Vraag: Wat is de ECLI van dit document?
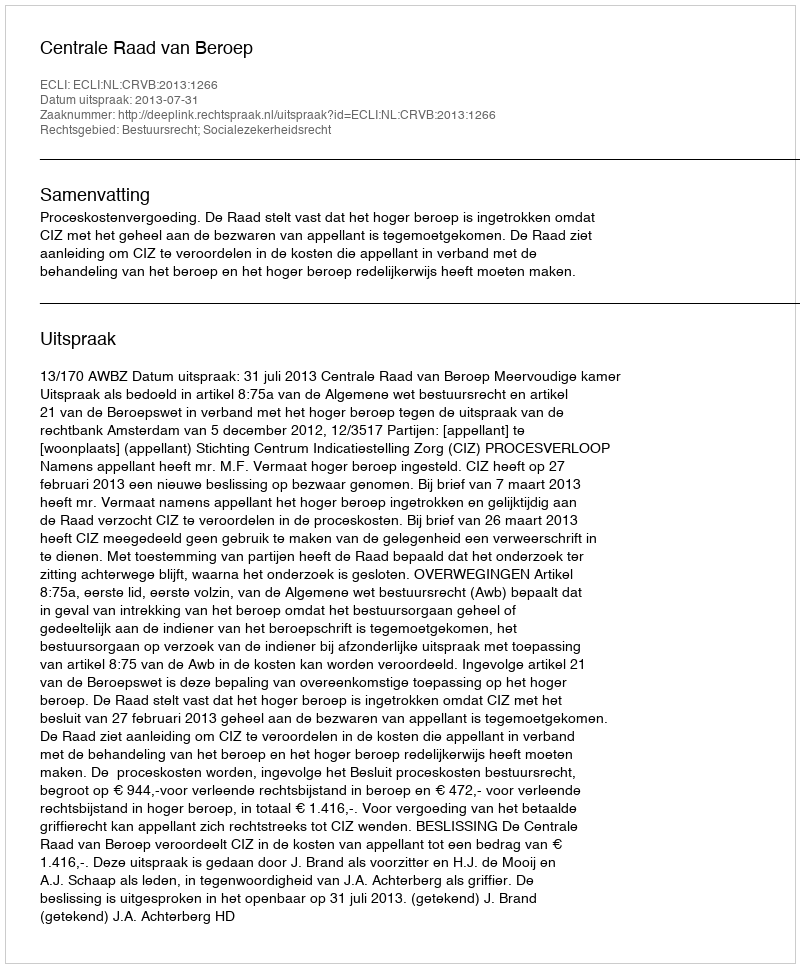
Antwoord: ECLI:NL:CRVB:2013:1266